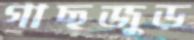
গাছজুড়